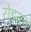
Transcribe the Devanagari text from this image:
रोड्मन